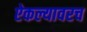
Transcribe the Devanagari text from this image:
ऐकल्यावरच